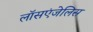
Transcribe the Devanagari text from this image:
लॉसएंजेलिस